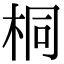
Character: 桐